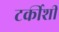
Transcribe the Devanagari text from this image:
टर्कीशी